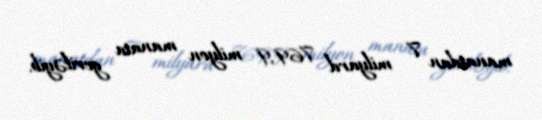
manatdan 7 milyard 769,9 milyon manata geriləyib.